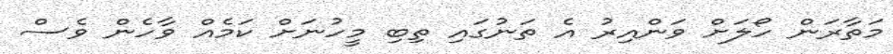
މަތާރަން ހޯލަށް ވަންއިރު އެ ތަނުގައި ތިބި މީހުނަށް ކަމެއް ވާހެން ވެސް